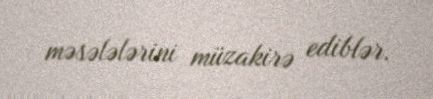
məsələlərini müzakirə ediblər.